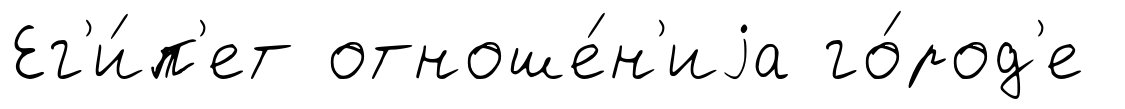
Ег'и́п'ет отноше́н'иjа го́род'е